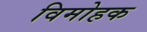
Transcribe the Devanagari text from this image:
विमोहक